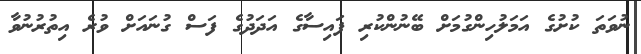
ނުވަތަ ކުށުގެ އަމަލުހިންގުމަށް ބޭނުންކުރި ފައިސާގެ އަދަދުގެ ފަސް ގުނައަށް ވުރެ އިތުރުނުވާ